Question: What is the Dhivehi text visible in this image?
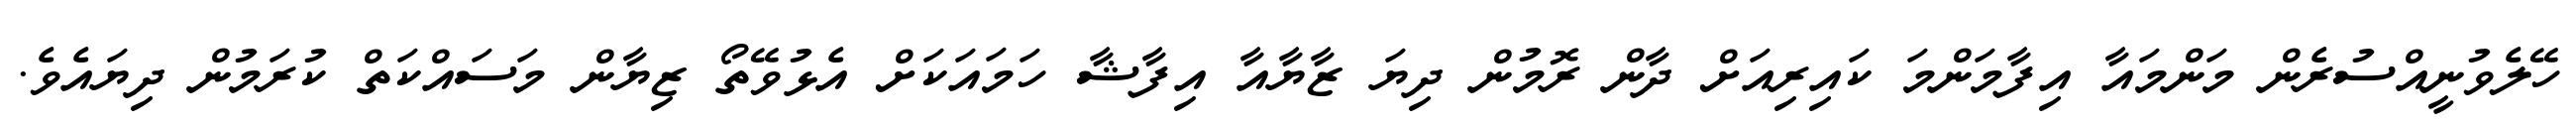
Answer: ހޭލެވުނީއްސުރެން މަންމައާ އިފާމަންމަ ކައިރިއަށް ދާން ރޮމުން ދިޔަ ޒާޔާއާ އިފާޝާ ހަމައަކަށް އެޅުވޭތޯ ޒިޔާން މަސައްކަތް ކުރަމުން ދިޔައެވެ.